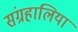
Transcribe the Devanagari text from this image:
संग्रहालिया